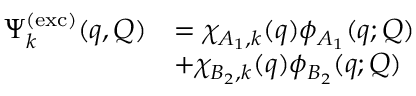
\begin{array} { r l } { \Psi _ { k } ^ { \mathrm { ( e x c ) } } ( \boldsymbol { q } , \boldsymbol { Q } ) } & { = \chi _ { A _ { 1 } , k } ( \boldsymbol { q } ) \phi _ { A _ { 1 } } ( \boldsymbol { q } ; \boldsymbol { Q } ) } \\ & { + \chi _ { B _ { 2 } , k } ( \boldsymbol { q } ) \phi _ { B _ { 2 } } ( \boldsymbol { q } ; \boldsymbol { Q } ) } \end{array}